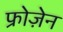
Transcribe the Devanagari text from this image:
फ्रोज़ेन